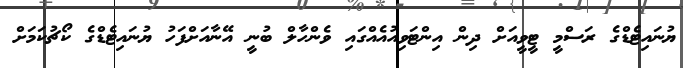
ޔުނައިޓެޑްގެ ރަސްމީ ޓީވީއަށް ދިން އިންޓަވިއުއެއްގައި ވެންހާލް ބުނީ އޭނާއަށްފަހު ޔުނައިޓެޑްގެ ކޯޗުކަމަށް